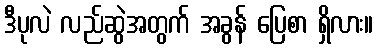
ဒီပုလဲ လည်ဆွဲအတွက် အခွန် ပြေစာ ရှိလား။